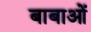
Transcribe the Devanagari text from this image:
बाबाओं